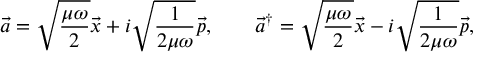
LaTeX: \vec { a } = \sqrt { \frac { \mu \omega } { 2 } } \vec { x } + i \sqrt { \frac { 1 } { 2 \mu \omega } } \vec { p } , \qquad \vec { a } ^ { \dag } = \sqrt { \frac { \mu \omega } { 2 } } \vec { x } - i \sqrt { \frac { 1 } { 2 \mu \omega } } \vec { p } ,